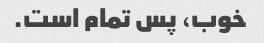
خوب، پس تمام است.